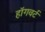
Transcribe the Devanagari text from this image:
हॉगवर्ट